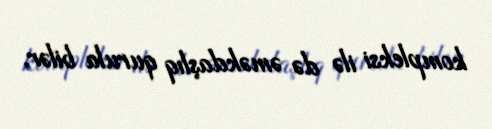
kompleksi ilə də əməkdaşlıq qurula bilər.